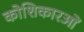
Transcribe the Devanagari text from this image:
कोशिकारओं